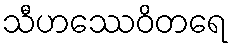
သီဟဿေဝိတရေ